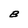
Character: B